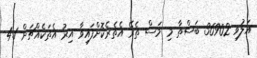
އަލުވި 36902 ބަސްތާ މި މަސް ތެރޭ އެތެރެކޮށްފައިވާ އިރު އެތަކެއްޗަށް 4.1